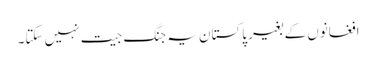
افغانوں کے بغیر پاکستان یہ جنگ جیت نہیں سکتا۔